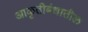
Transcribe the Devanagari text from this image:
आकृतीबंधातील